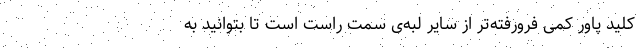
کلید پاور کمی فرورفته‌تر از سایر لبه‌ی سمت راست است تا بتوانید به